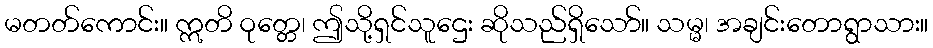
မတတ်ကောင်း။ ဣတိ ဝုတ္တေ၊ ဤသို့ရှင်သူဌေး ဆိုသည်ရှိသော်။ သမ္မ၊ အချင်းတောရွာသား။